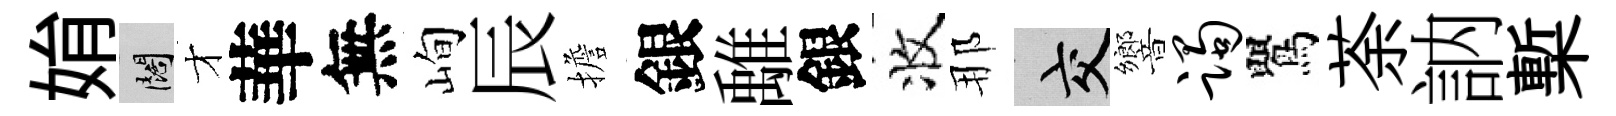
姢闊才華無峋辰擔銀𩀌銀收那交響躅鸎荼訥槧